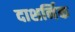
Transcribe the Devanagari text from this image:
दाशर्निक